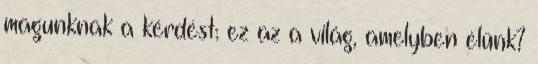
magunknak a kérdést: ez az a világ, amelyben élünk?